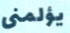
يؤلمنى